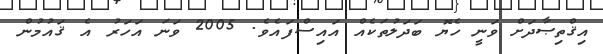
އިޤްތިޞާދަށް ވަނީ ހެޔޮ ބަދަލުތަކެއް އައިސްފައެވެ. 2005 ވަނަ އަހަރު އެ ޤައުމުން